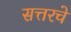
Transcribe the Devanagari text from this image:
सत्तरचे